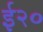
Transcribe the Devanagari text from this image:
ई२०